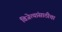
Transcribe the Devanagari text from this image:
विजेत्यांसाठीचा